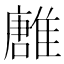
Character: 𩀛